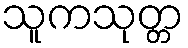
သူကသုတ္တ